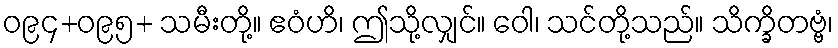
ဝ၉၄+ဝ၉၅+ သမီးတို့။ ဧဝံဟိ၊ ဤသို့လျှင်။ ဝေါ၊ သင်တို့သည်။ သိက္ခိတဗ္ဗံ၊